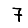
Digit: 7